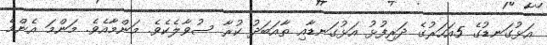
އަޅުގަނޑުގެ 5އަހަރުގެ ދަރިފުޅު އަޅުގަނޑާއި ތާއަބަދު ކުރާ ސުވާލެކެވެ. މަންމާއެވެ. މަންމަ އެންމެ